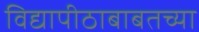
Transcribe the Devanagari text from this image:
विद्यापीठाबाबतच्या